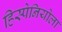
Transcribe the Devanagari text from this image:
हिस्पेनियोला